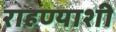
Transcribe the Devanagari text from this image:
राहण्याशी